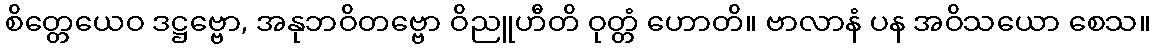
စိတ္တေယေဝ ဒဋ္ဌဗ္ဗော, အနုဘဝိတဗ္ဗော ဝိညူဟီတိ ဝုတ္တံ ဟောတိ။ ဗာလာနံ ပန အဝိသယော စေသ။